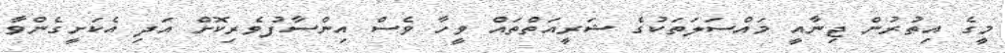
މީގެ އިތުރުން ޖިނާއީ މައްސަލަތަކުގެ ޝަރީއަތްތައް ވީހާ ވެސް އިންސާފުވެރިކޮށް އަދި އެކަށީގެންވާ